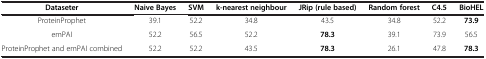
| Dataseter | Naive Bayes | SVM | k-nearest neighbour | JRip (rule based) | Random forest | C4.5 | BioHEL |
 | --- | --- | --- | --- | --- | --- | --- | --- |
 | ProteinProphet | 39.1 | 52.2 | 34.8 | 43.5 | 34.8 | 52.2 | 73.9 |
 | emPAI | 52.2 | 56.5 | 52.2 | 78.3 | 39.1 | 73.9 | 56.5 |
 | ProteinProphet and emPAI combined | 52.2 | 52.2 | 43.5 | 78.3 | 26.1 | 47.8 | 78.3 |